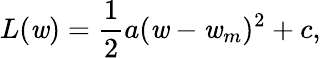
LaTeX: L(\mathit{w})=\frac{{1}}{{2}}a(\mathit{w}-\mathit{w}_{m})^{2}+c,